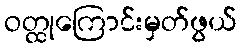
ဝတ္ထုကြောင်းမှတ်ဖွယ်